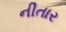
નીતાર